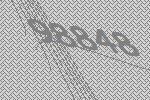
98848